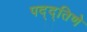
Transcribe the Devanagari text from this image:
पद्द्तिणे